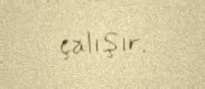
çalışır.